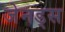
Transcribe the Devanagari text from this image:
जेनड्स